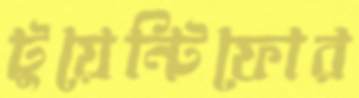
টুয়েন্টিফোর